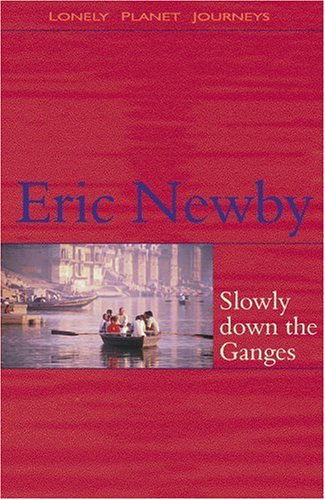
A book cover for Slowly Down the Ganges; Eric Newby; Travel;